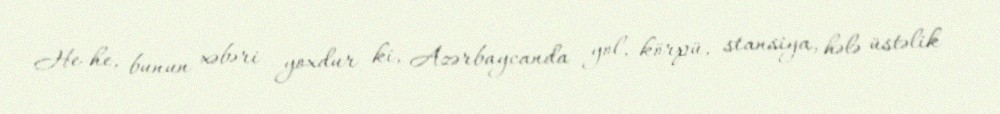
He-he, bunun xəbəri yoxdur ki, Azərbaycanda yol, körpü, stansiya, hələ üstəlik